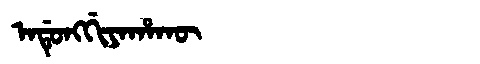
Manchu: ᠠᡩᡠᠩᡤᡳᠶᠠᡥᠠᡴᡡ
Romanization: ADUNGGIYAHAKŪ